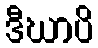
ဒီဃာပိ